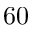
6 0